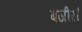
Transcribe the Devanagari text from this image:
बजीर।